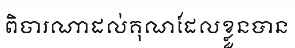
ពិចារណាដល់គុណដែលខ្លួនបាន